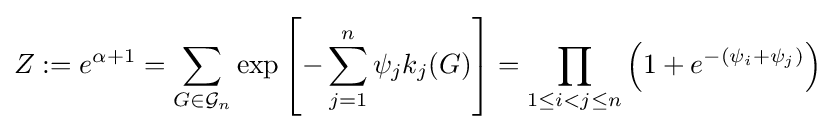
Z:=e^{\alpha +1}=\sum _{G\in {\mathcal {G}}_{n}}\exp \left[-\sum _{j=1}^{n}\psi _{j}k_{j}(G)\right]=\prod _{1\leq i<j\leq n}\left(1+e^{-(\psi _{i}+\psi _{j})}\right)